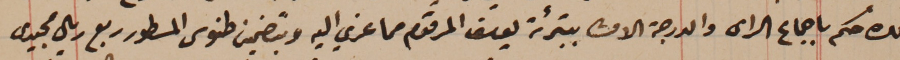
ذلك حكم باجماع الراى والدرجة الاولى بتبرئة يوسف المرقوم مما عزي اليه وبتضمين طنوس المسطور ربع ريال مجيدى